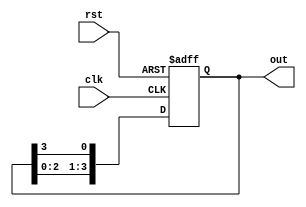
module RingCounter (
    input wire clk,     // Clock input
    input wire rst,     // Reset input
    output wire [3:0] out  // 4-bit output
);

reg [3:0] counter; // 4-bit counter register

always @(posedge clk or posedge rst) begin
    if (rst) begin
        counter <= 4'b0001; // Initialize to 0001 on reset
    end else begin
        counter <= counter << 1; // Shift the '1' bit left
        counter[0] <= counter[3]; // Connect MSB to LSB to create the ring effect
    end
end

assign out = counter;

endmodule